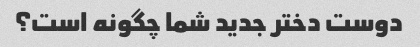
دوست دختر جدید شما چگونه است؟